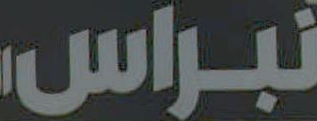
نبراس